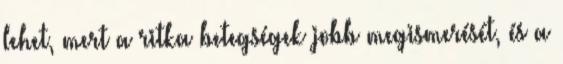
lehet, mert a ritka betegségek jobb megismerését, és a